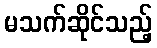
မသက်ဆိုင်သည့်